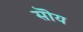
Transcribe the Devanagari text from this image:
सॊय